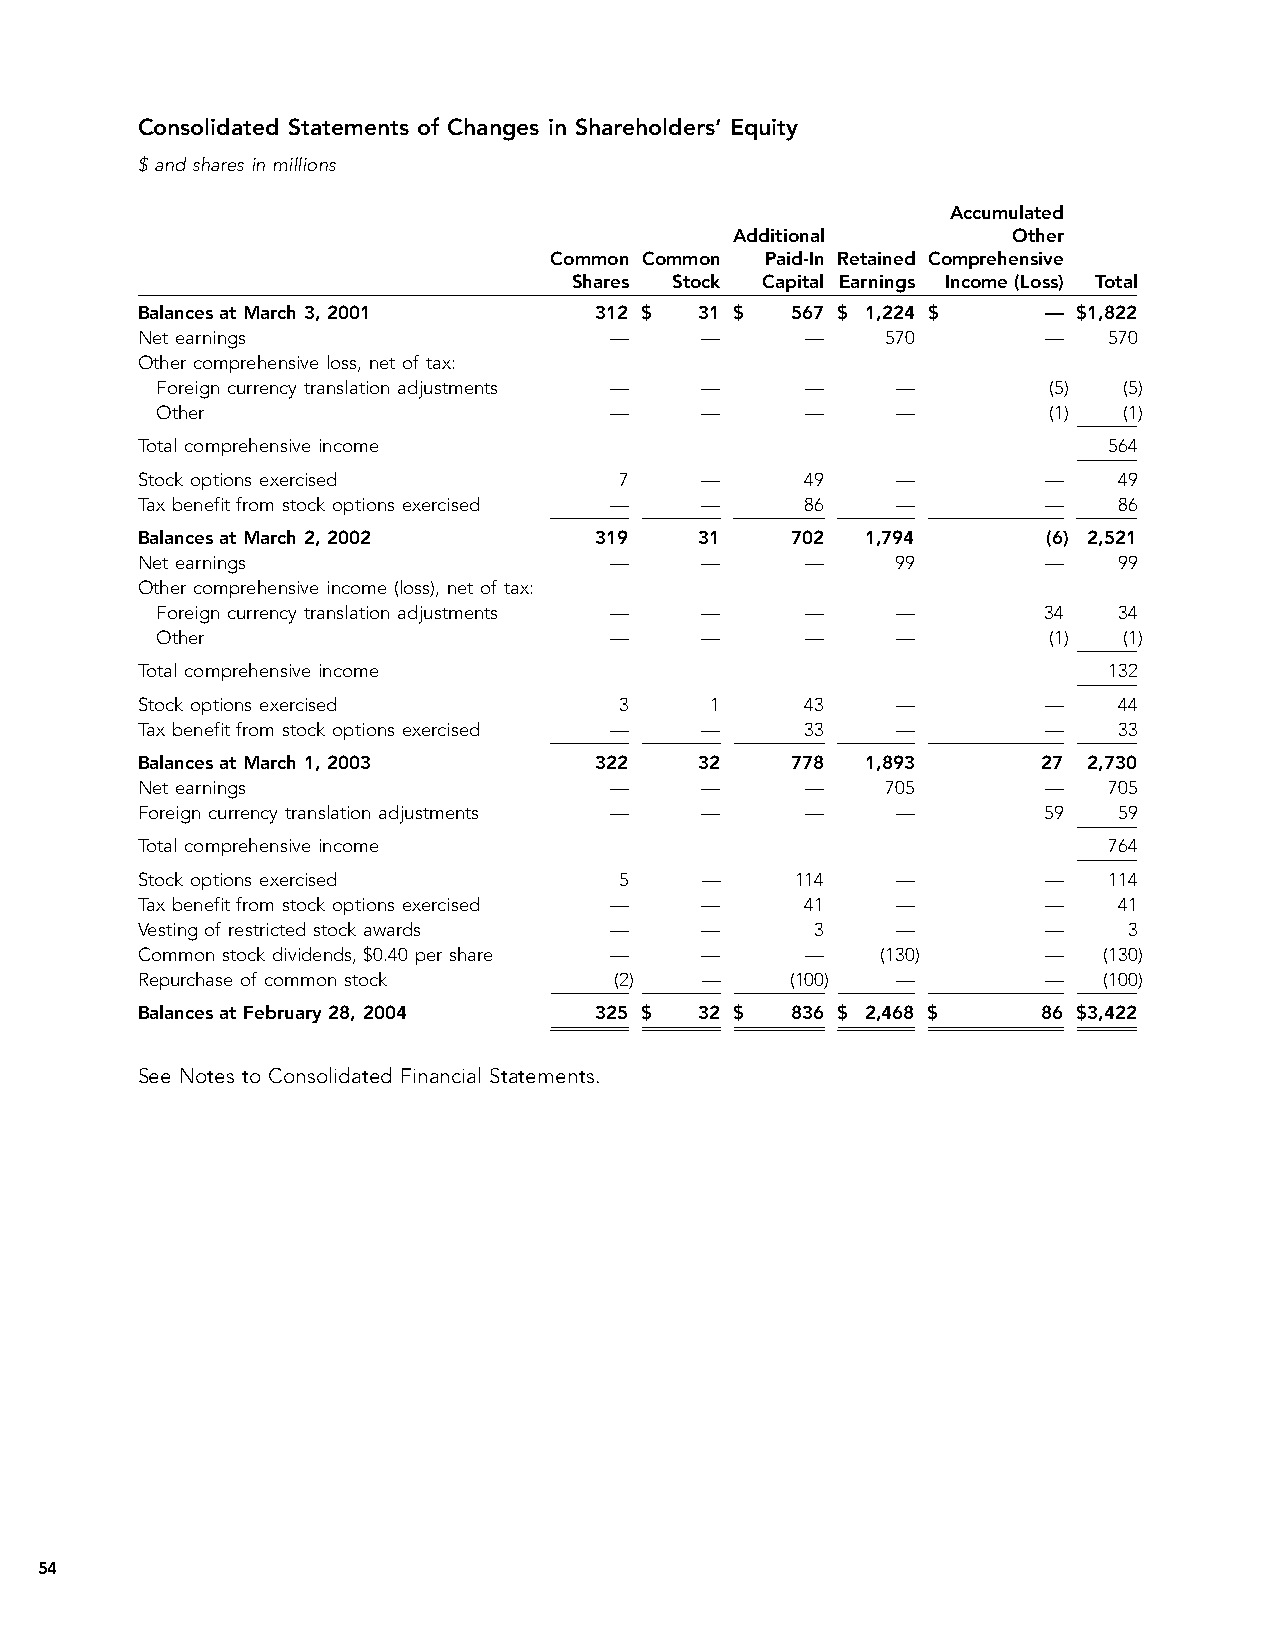
Consolidated Statements of Changes in Shareholders’ Equity
 $ and shares in millions
 Accumulated
 Additional        Other
 Common Common  Paid-In Retained Comprehensive
 Shares Stock Capital Earnings Income (Loss) Total
 Balances at March 3, 2001     312 $  31 $  567 $ 1,224 $    — $1,822
 Net earnings                   —     —      —     570       —   570
 Other comprehensive loss, net of tax:
 Foreign currency translation adjustments — — —   —         (5)  (5)
 Other                         —     —      —     —         (1)  (1)
 Total comprehensive income                                      564
 Stock options exercised         7    —      49    —         —    49
 Tax benefit from stock options exercised — — 86   —         —    86
 Balances at March 2, 2002     319    31    702  1,794       (6) 2,521
 Net earnings                   —     —      —     99        —    99
 Other comprehensive income (loss), net of tax:
 Foreign currency translation adjustments — — —   —         34   34
 Other                         —     —      —     —         (1)  (1)
 Total comprehensive income                                      132
 Stock options exercised         3     1     43    —         —    44
 Tax benefit from stock options exercised — — 33   —         —    33
 Balances at March 1, 2003     322    32    778  1,893       27 2,730
 Net earnings                   —     —      —     705       —   705
 Foreign currency translation adjustments — — —    —         59   59
 Total comprehensive income                                      764
 Stock options exercised         5    —      114   —         —   114
 Tax benefit from stock options exercised — — 41   —         —    41
 Vesting of restricted stock awards — —       3    —         —     3
 Common stock dividends, $0.40 per share — — —    (130)      —   (130)
 Repurchase of common stock      (2)  —     (100)  —         —   (100)
 Balances at February 28, 2004 325 $  32 $  836 $ 2,468 $    86 $3,422
 See Notes to Consolidated Financial Statements.
 54